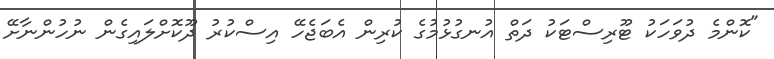
"ކޮންމެ ދުވަހަކު ޓޫރިސްޓަކު ދަތް އުނގުޅުމުގެ ކުރިން އެބަޖެހޭ އިސްކުރު ދޫކޮށްލައިގެން ނުހުންނާށޭ